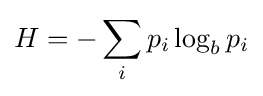
H=-\sum _{i}p_{i}\log _{b}p_{i}